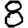
Digit: 8